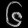
Digit: ၆